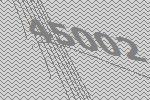
45002